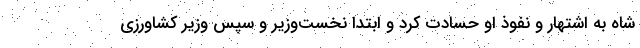
شاه به اشتهار و نفوذ او حسادت کرد و ابتدا نخست‌وزیر و سپس وزیر کشاورزی